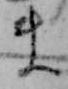
ま